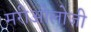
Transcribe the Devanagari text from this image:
मरीओलोजी